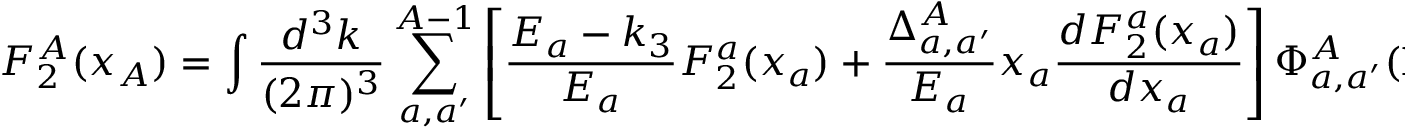
F _ { 2 } ^ { A } ( x _ { A } ) = \int \frac { d ^ { 3 } k } { ( 2 \pi ) ^ { 3 } } \sum _ { a , a ^ { \prime } } ^ { A - 1 } \left[ \frac { E _ { a } - { k _ { 3 } } } { E _ { a } } F _ { 2 } ^ { a } ( x _ { a } ) + \frac { \Delta _ { a , a ^ { \prime } } ^ { A } } { E _ { a } } x _ { a } \frac { d F _ { 2 } ^ { a } ( x _ { a } ) } { d x _ { a } } \right] \Phi _ { a , a ^ { \prime } } ^ { A } ( { \bf k } ) ^ { 2 } ,